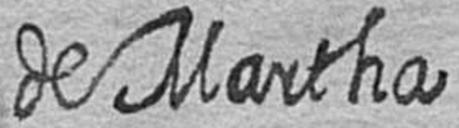
de Martha